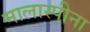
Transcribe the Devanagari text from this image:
मालास्पीना